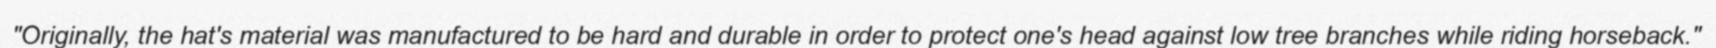
"Originally, the hat's material was manufactured to be hard and durable in order to protect one's head against low tree branches while riding horseback."